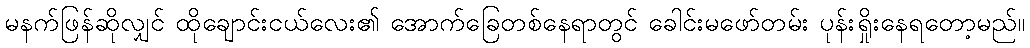
မနက်ဖြန်ဆိုလျှင် ထိုချောင်းငယ်လေး၏ အောက်ခြေတစ်နေရာတွင် ခေါင်းမဖော်တမ်း ပုန်းရှိုးနေရတော့မည်။